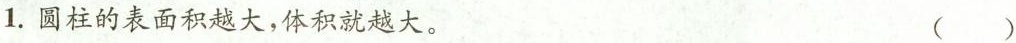
1.圆柱的表面积越大，体积就越大。（）